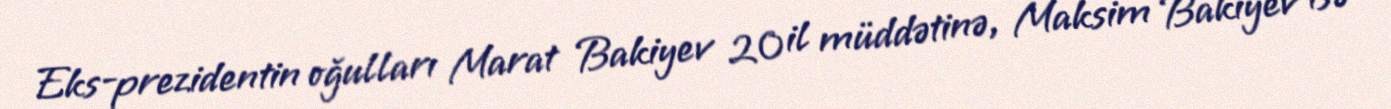
Eks-prezidentin oğulları Marat Bakiyev 20 il müddətinə, Maksim Bakiyev isə